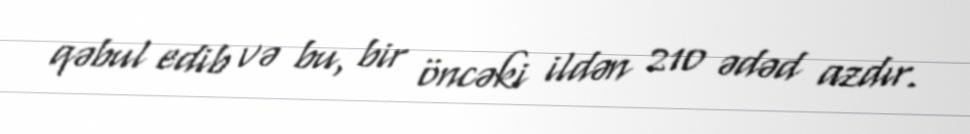
qəbul edib və bu, bir öncəki ildən 210 ədəd azdır.